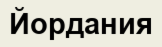
Йордания